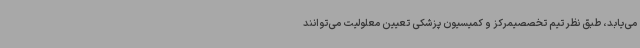
می‌یابد، طبق نظر تیم تخصصیمرکز و کمیسیون پزشکی تعیین معلولیت می‌توانند